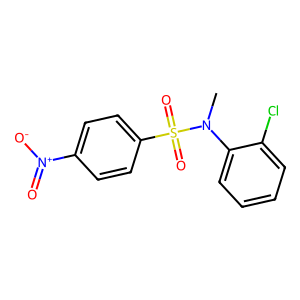
SMILES: CN(c1ccccc1Cl)S(=O)(=O)c1ccc([N+](=O)[O-])cc1
Inhibits HIV replication: No